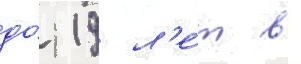
до́ 19 л'е́т в